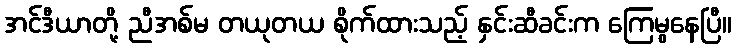
အင်ဒီယာတို့ ညီအစ်မ တယုတယ စိုက်ထားသည့် နှင်းဆီခင်းက ကြေမွနေပြီ။